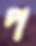
প